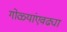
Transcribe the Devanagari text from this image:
गोळ्यांएवढ्या